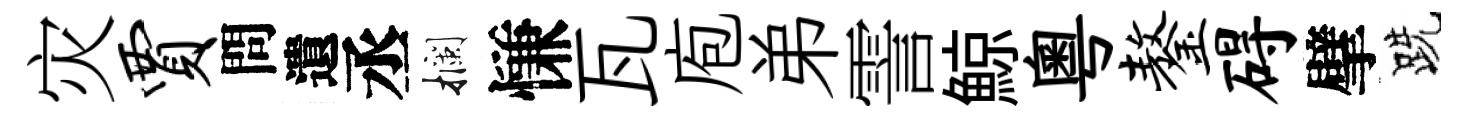
灾贾問遺丞攔慊瓦庖弟霅鯨粵鏊碍擘跣